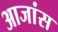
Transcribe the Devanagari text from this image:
आजांस